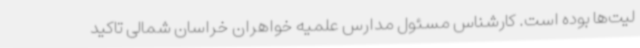
لیت‌ها بوده است. کارشناس مسئول مدارس علمیه خواهران خراسان شمالی تاکید